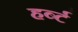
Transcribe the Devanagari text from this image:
हर्ब्ट